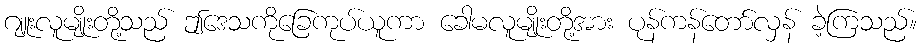
ဂျူးလူမျိုးတို့သည် ဤဒေသကိုခြေကုပ်ယူကာ ခေါမလူမျိုးတို့အား ပုန်ကန်တော်လှန် ခဲ့ကြသည်။